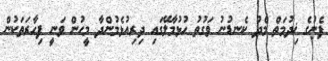
ފެނުގެ ޚިދުމަތް މެދު ކެނޑުނު ވަގުތު ހުޅުމާލޭގައި ދިރިއުޅެމުންދާ މީހުން ވަނީ ފިހާރަތަކުން